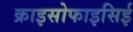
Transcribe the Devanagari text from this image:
क्राइसोफाइसिई